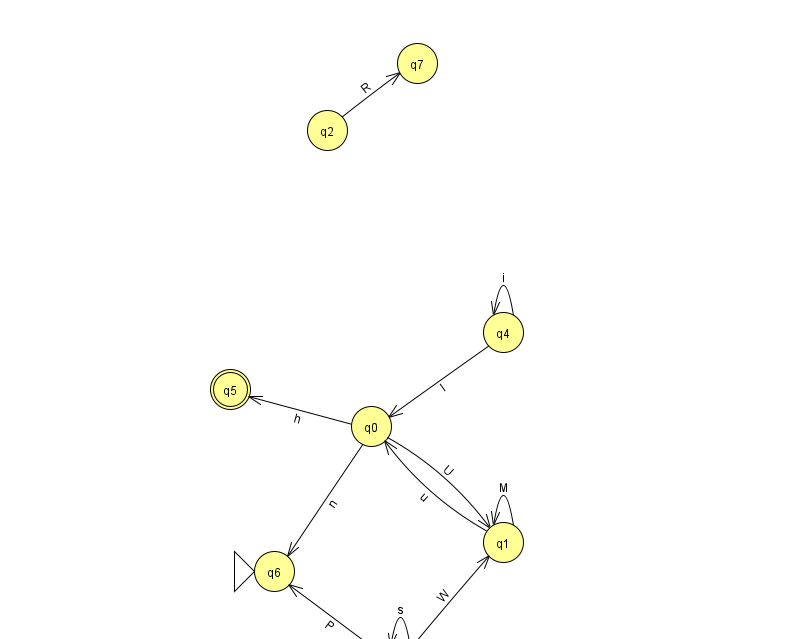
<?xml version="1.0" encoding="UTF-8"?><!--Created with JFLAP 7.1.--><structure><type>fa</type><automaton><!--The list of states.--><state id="0" name="q0"><x>371.0</x><y>413.0</y></state><state id="1" name="q1"><x>503.0</x><y>529.0</y></state><state id="2" name="q2"><x>327.0</x><y>117.0</y></state><state id="3" name="q3"><x>400.0</x><y>651.0</y></state><state id="4" name="q4"><x>503.0</x><y>319.0</y></state><state id="5" name="q5"><x>230.0</x><y>376.0</y><final/></state><state id="6" name="q6"><x>274.0</x><y>558.0</y><initial/></state><state id="7" name="q7"><x>417.0</x><y>50.0</y></state><!--The list of transitions.--><transition><from>0</from><to>1</to><read>U</read></transition><transition><from>1</from><to>0</to><read>u</read></transition><transition><from>3</from><to>3</to><read>s</read></transition><transition><from>2</from><to>7</to><read>R</read></transition><transition><from>4</from><to>0</to><read>l</read></transition><transition><from>3</from><to>1</to><read>W</read></transition><transition><from>3</from><to>6</to><read>P</read></transition><transition><from>4</from><to>4</to><read>i</read></transition><transition><from>0</from><to>6</to><read>n</read></transition><transition><from>0</from><to>5</to><read>h</read></transition><transition><from>1</from><to>1</to><read>M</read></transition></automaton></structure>